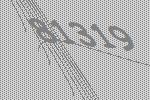
81319